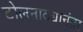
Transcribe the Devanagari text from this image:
टोलनाक्यानंतर